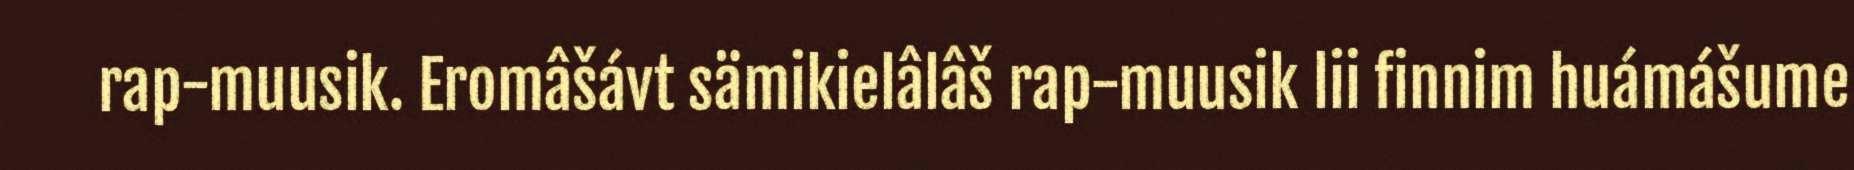
rap-muusik. Eromâšávt sämikielâlâš rap-muusik lii finnim huámášume